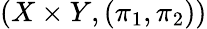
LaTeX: (X\times Y,(\pi_{1},\pi_{2}))